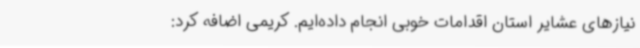
نیازهای عشایر استان اقدامات خوبی انجام داده‌ایم. کریمی اضافه کرد: